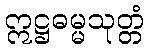
ဣဋ္ဌဓမ္မသုတ္တံ